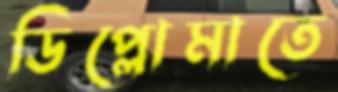
ডিপ্লোমাতে